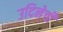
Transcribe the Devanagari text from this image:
उदिनेची